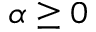
\alpha \geq 0